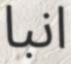
انبا